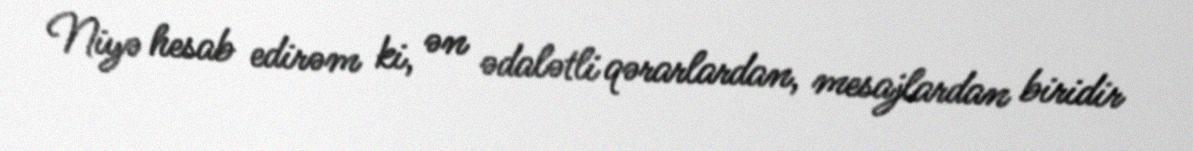
Niyə hesab edirəm ki, ən ədalətli qərarlardan, mesajlardan biridir